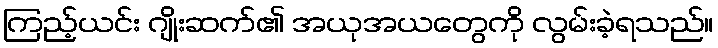
ကြည့်ယင်း ဂျိုးဆက်၏ အယုအယတွေကို လွမ်းခဲ့ရသည်။